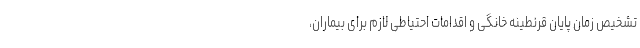
تشخیص زمان پایان قرنطینهٔ خانگی و اقدامات احتیاطی لازم برای بیماران،